Civil Veterinary Department. Madras. Admin. report 1926-33 - 1926-1933
Year: 1926
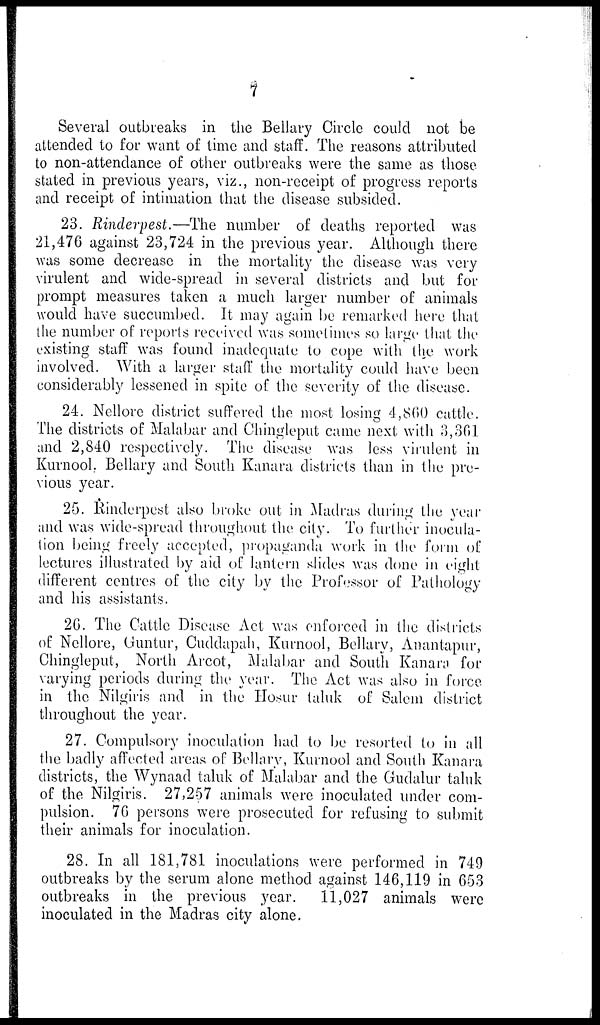
7
Several outbreaks in the Bellary Circle could not be
attended to for want of time and staff. The reasons attributed
to non-attendance of other outbreaks were the same as those
stated in previous years, viz., non-receipt of progress reports
and receipt of intimation that the disease subsided.
23. Rinderpest.—The number of deaths reported was
21,476 against 23,724 in the previous year. Although there
was some decrease in the mortality the disease was very
virulent and wide-spread in several districts and but for
prompt measures taken a much larger number of animals
would have succumbed. It may again be remarked here that
the number of reports received was sometimes so large that the
existing staff was found inadequate to cope with the work
involved. With a larger staff the mortality could have been
considerably lessened in spite of the severity of the disease.
24. Nellore district suffered the most losing 4,800 cattle.
The districts of Malabar and Chingleput came next with 3,361
and 2,840 respectively. The disease was less virulent in
Kurnool. Bellary and South Kanara districts than in the pre-
vious year.
25. Rinderpest also broke out in Madras during the year
and was wide-spread throughout the city. To further inocula-
tion being freely accepted, propaganda work in the form of
lectures illustrated by aid of lantern slides was done in eight
different centres of the city by the Professor of Pathology
and his assistants.
20. The Cattle Disease Act was enforced in the districts
of Nellore, Guntur, Cuddapah, Kurnool, Bellary, Anantapur,
Chingleput, North Arcot, Malabar and South Kanara for
varying periods during the year. The Act was also in force
in the Nilgiris and in the Hosur taluk of Salem district
throughout the year.
27. Compulsory inoculation had to be resorted to in all
the badly affected areas of Bellary, Kurnool and South Kanara
districts, the Wynaad taluk of Malabar and the Gudalur taluk
of the Nilgiris. 27,257 animals were inoculated under com-
pulsion. 70 persons were prosecuted for refusing to submit
their animals for inoculation.
28. In all 181,781 inoculations were performed in 749
outbreaks by the serum alone method against 146,119 in 653
outbreaks in the previous year.
11,027 animals were
inoculated in the Madras city alone.